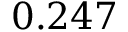
0 . 2 4 7